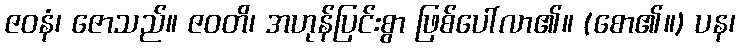
ဇဝနံ၊ ဇောသည်။ ဇဝတိ၊ အဟုန်ပြင်းစွာ ဖြစ်ပေါ်လာ၏။ (စော၏။) ပန၊